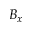
B _ { x }